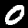
Label: 0